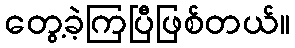
တွေ့ခဲ့ကြပြီဖြစ်တယ်။